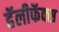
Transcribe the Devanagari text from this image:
हॅलीफॅक्स